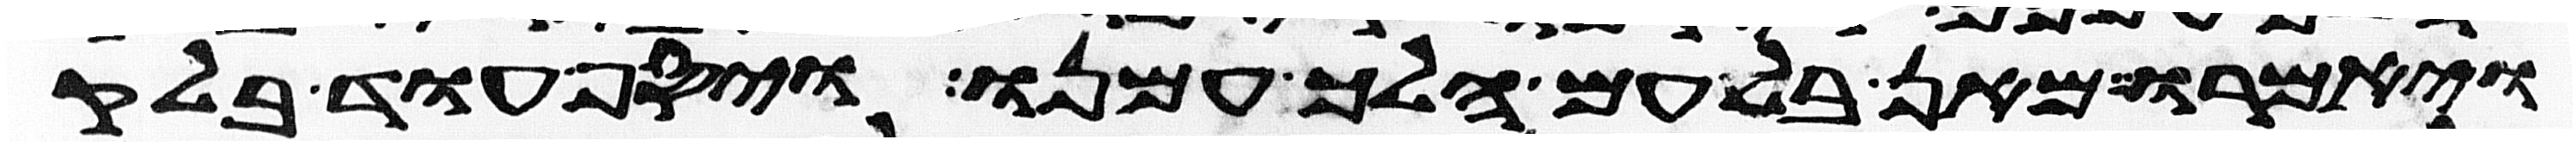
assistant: ויאמרו מאן בלעם הלך עמנו ויסף עוד בלק